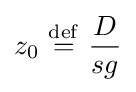
z_{0}\ {\stackrel {\mathrm {def} }{=}}\ {\frac {D}{sg}}